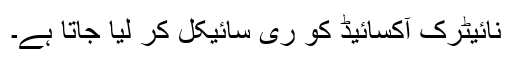
نائیٹرک آکسائیڈ کو ری سائیکل کر لیا جاتا ہے۔